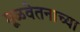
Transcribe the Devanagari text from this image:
मूळवेतनाच्या